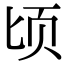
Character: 顷